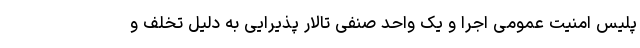
پلیس امنیت عمومی اجرا و یک واحد صنفی تالار پذیرایی به دلیل تخلف و